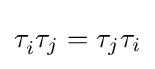
\tau _{i}^{}\tau _{j}=\tau _{j}\tau _{i}